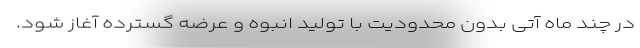
در چند ماه آتی بدون محدودیت با تولید انبوه و عرضه گسترده آغاز شود.